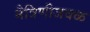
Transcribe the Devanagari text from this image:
मैत्रिणीजवळ